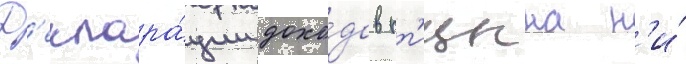
Д'еклара́ции дохо́дов пт'ицына н'и́